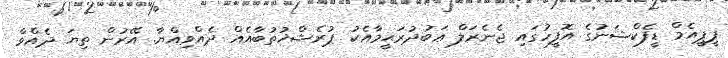
ޕީޕީއެމް ޑީފެކްޝަނުގެ އޮފީހުގައި ޖެނެރަލް ޢަބުދުރަޙީމާއެކު ޕުރެޝްޚުތުބާއެއް ދެއްވިއްޔާ. އޭރުން ތިޔަ ދެއްވާ